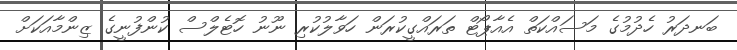
ބަނދަރު ހެދުމުގެ މަސައްކަތް އެއާޕޯޓް ތަރައްގީކުރަން ހަވާލުކުރި ނޫނު ހޮޓެލްސް ކުންފުނީގެ ޒިންމާއަކަށް